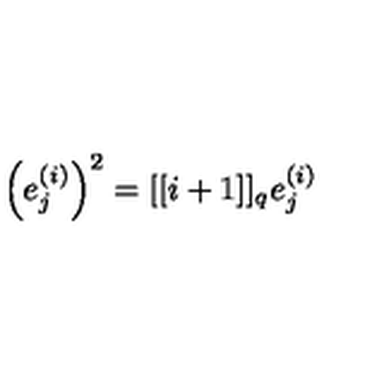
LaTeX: \left( e _ { j } ^ { ( i ) } \right) ^ { 2 } = [ [ i + 1 ] ] _ { { q } } e _ { j } ^ { ( i ) }